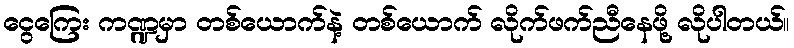
ငွေကြေး ကဏ္ဍမှာ တစ်ယောက်နဲ့ တစ်ယောက် လိုက်ဖက်ညီနေဖို့ လိုပါတယ်။